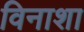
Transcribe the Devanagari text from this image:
विनाशा